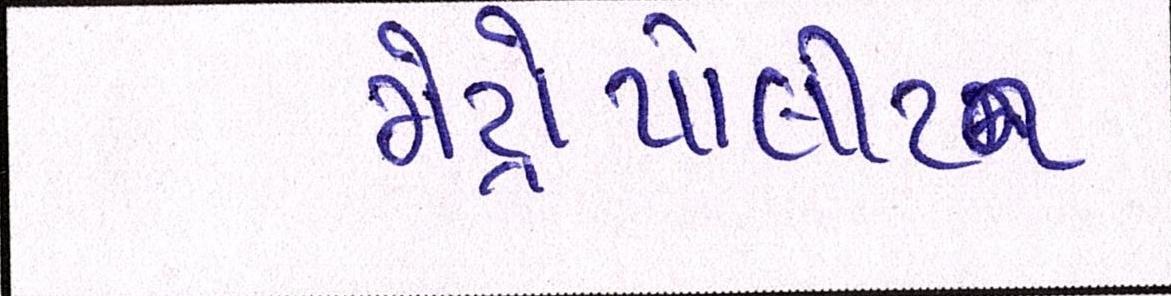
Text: મેટ્રોપોલીટન